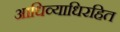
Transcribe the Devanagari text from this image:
आधिव्याधिरहित